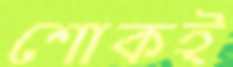
শোকই